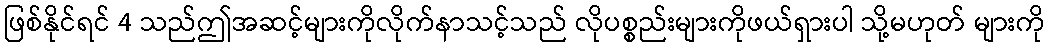
ဖြစ်နိုင်ရင် 4 သည်ဤအဆင့်များကိုလိုက်နာသင့်သည် လိုပစ္စည်းများကိုဖယ်ရှားပါ သို့မဟုတ် များကို